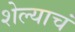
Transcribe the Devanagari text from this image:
शेल्याचं